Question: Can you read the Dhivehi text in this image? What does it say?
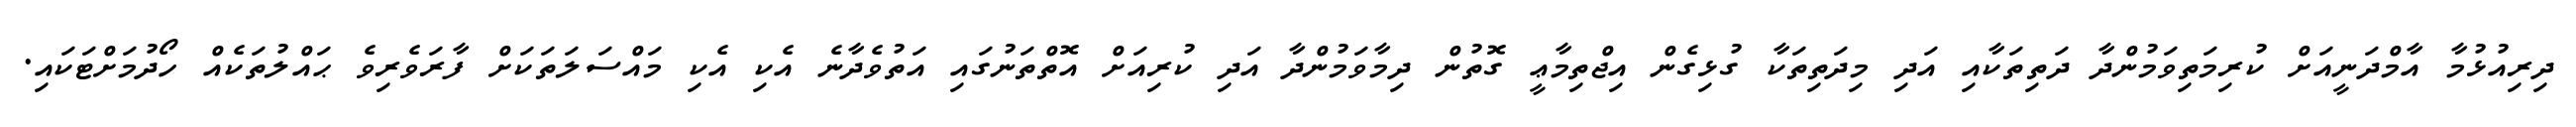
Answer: ދިރިއުޅުމާ އާމްދަނީއަށް ކުރިމަތިވަމުންދާ ދަތިތަކާއި އަދި މިދަތިތަކާ ގުޅިގެން އިޖްތިމާޢީ ގޮތުން ދިމާވަމުންދާ އަދި ކުރިއަށް އޮތްތަނުގައި އަތުވެދާނެ އެކި އެކި މައްސަލަތަކަށް ފާރަވެރިވެ ޙައްލުތަކެއް ހޯދުމަށްޓަކައި.